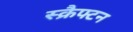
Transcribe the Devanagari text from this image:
स्क्रैफ्टन